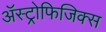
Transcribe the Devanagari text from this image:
ॲस्ट्रोफिजिक्‍स